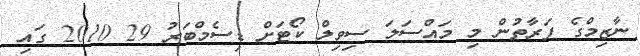
ނާޒިމްގެ ފަރާތުން މި މައްސަލަ ސިވިލް ކޯޓަށް ޑިސެމްބަރު 29 2010 ގައި